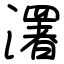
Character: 濖